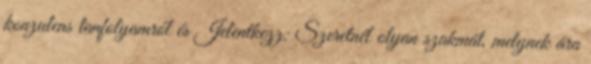
konzulens tanfolyamról és Jelentkezz: Szeretnél olyan szakmát, melynek ára